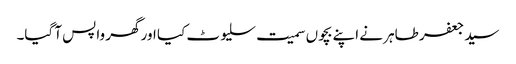
سید جعفر طاہر نے اپنے بچوں سمیت سلیوٹ کیا اور گھر واپس آ گیا۔